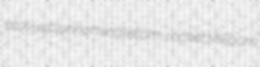
atavus plurinominal atom-rocket Millburn